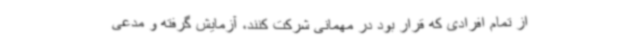
از تمام افرادی که قرار بود در مهمانی شرکت کنند، آزمایش گرفته و مدعی